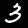
Digit: 3